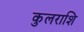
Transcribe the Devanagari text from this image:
कुलराशि